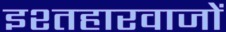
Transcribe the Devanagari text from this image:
इश्तहारवाजों